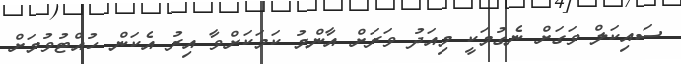
ސައިކަލް ވަގަށް ނެގުމަކީ މިއަދު ވަރަށް އާންމު ކަމަކަށްވާ އިރު އެކަން ހުއްޓުވުމަށް